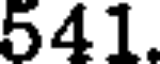
541.